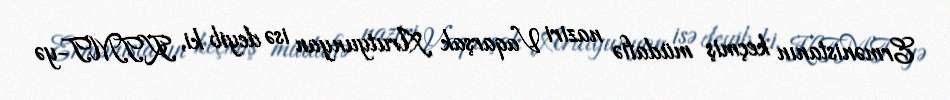
Ermənistanın keçmiş müdafiə naziri Vaqarşak Arutyunyan isə deyib ki, KTMT-yə